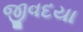
જીવદયા